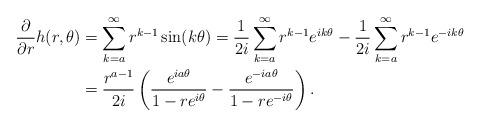
LaTeX: \begin{align*}\frac{ \partial}{ \partial r} h(r,\theta) &= \sum_{k=a}^{\infty} r^{k-1} \sin( k \theta)= \frac{1}{2 i} \sum_{k=a}^{\infty} r^{k-1} e^{ik \theta} - \frac{1}{2 i} \sum_{k=a}^{\infty} r^{k-1} e^{- ik \theta} \\&= \frac{r^{a-1}}{2 i} \left( \frac{ e^{i a \theta} }{1- r e^{i \theta}} - \frac{ e^{-ia \theta}}{1-r e^{-i \theta}} \right) .\end{align*}